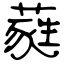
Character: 蕤